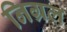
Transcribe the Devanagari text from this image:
निग्रल